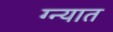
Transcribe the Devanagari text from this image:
ग्न्यात